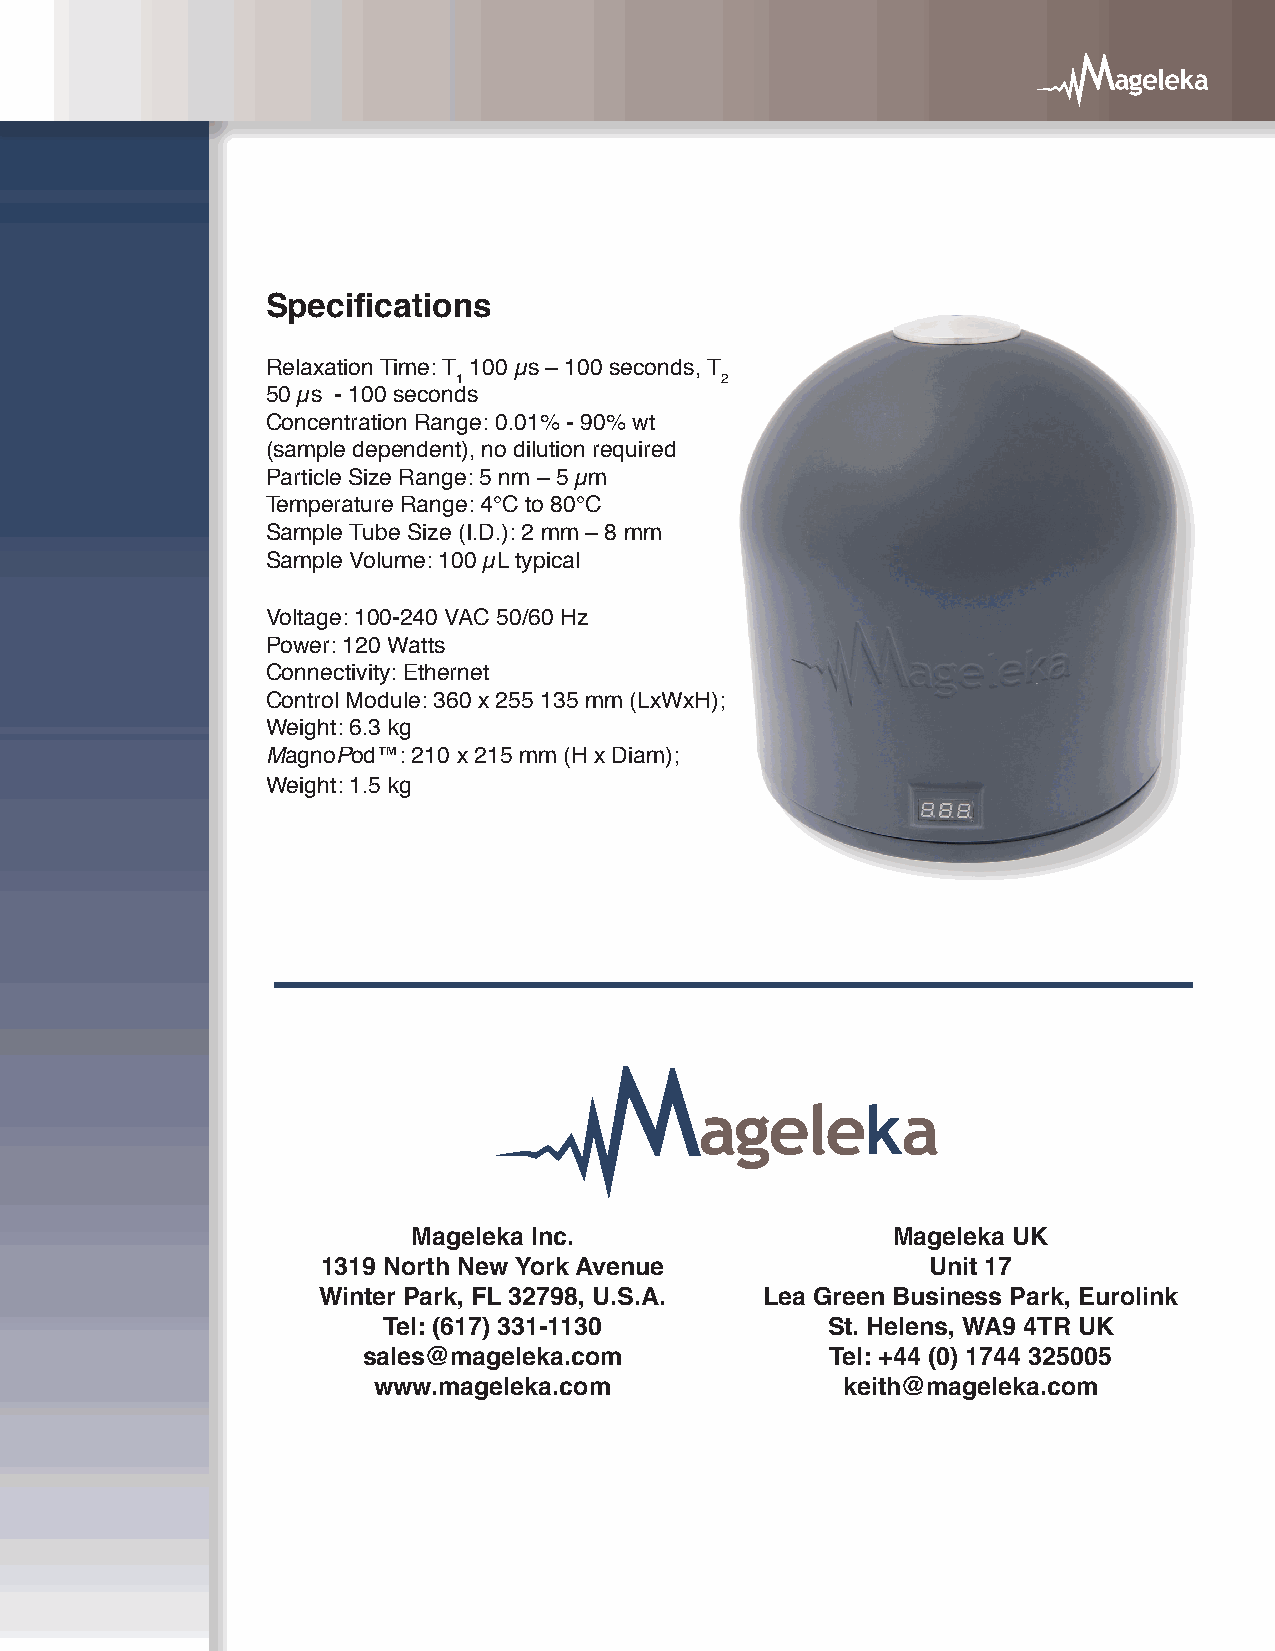
Specifications
 Relaxation Time: T 100 µs – 100 seconds, T
 1                 2
 50 µs - 100 seconds
 Concentration Range: 0.01% - 90% wt
 (sample dependent), no dilution required
 Particle Size Range: 5 nm – 5 µm
 Temperature Range: 4°C to 80°C
 Sample Tube Size (I.D.): 2 mm – 8 mm
 Sample Volume: 100 µL typical
 Voltage: 100-240 VAC 50/60 Hz
 Power: 120 Watts
 Connectivity: Ethernet
 Control Module: 360 x 255 135 mm (LxWxH);
 Weight: 6.3 kg
 MagnoPod™: 210 x 215 mm (H x Diam);
 Weight: 1.5 kg
 Mageleka Inc.                   Mageleka UK
 1319 North New York Avenue               Unit 17
 Winter Park, FL 32798, U.S.A. Lea Green Business Park, Eurolink
 Tel: (617) 331-1130           St. Helens, WA9 4TR UK
 sales@mageleka.com             Tel: +44 (0) 1744 325005
 www.mageleka.com               keith@mageleka.com